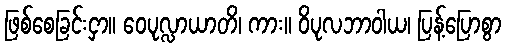
ဖြစ်စေခြင်းငှာ။ ဝေပုလ္လာယာတိ၊ ကား။ ဝိပုလဘာဝါယ၊ ပြန့်ပြောစွာ